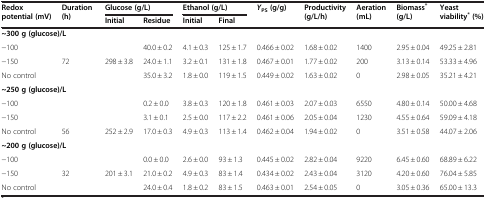
<table><thead><tr><td rowspan="2"><b>Redox potential (mV)</b></td><td rowspan="2"><b>Duration (h)</b></td><td colspan="2"><b>Glucose (g/L)</b></td><td colspan="2"><b>Ethanol (g/L)</b></td><td rowspan="2"><b><i>Y</i><sub>PS </sub>(g/g)</b></td><td rowspan="2"><b>Productivity (g/L/h)</b></td><td rowspan="2"><b>Aeration (mL)</b></td><td rowspan="2"><b>Biomass<sup>*</sup>(g/L)</b></td><td rowspan="2"><b>Yeast viability<sup>*</sup>(%)</b></td></tr><tr><td><b>Initial</b></td><td><b>Residue</b></td><td><b>Initial</b></td><td><b>Final</b></td></tr></thead><tbody><tr><td colspan="2"><b>~300 g (glucose)/L</b></td><td> </td><td> </td><td> </td><td> </td><td> </td><td> </td><td> </td><td> </td><td> </td></tr><tr><td>−100</td><td> </td><td> </td><td>40.0 ± 0.2</td><td>4.1 ± 0.3</td><td>125 ± 1.7</td><td>0.466 ± 0.02</td><td>1.68 ± 0.02</td><td>1400</td><td>2.95 ± 0.04</td><td>49.25 ± 2.81</td></tr><tr><td>−150</td><td>72</td><td>298 ± 3.8</td><td>24.0 ± 1.1</td><td>3.2 ± 0.1</td><td>131 ± 1.8</td><td>0.467 ± 0.01</td><td>1.77 ± 0.02</td><td>200</td><td>3.13 ± 0.14</td><td>53.33 ± 4.96</td></tr><tr><td>No control</td><td> </td><td> </td><td>35.0 ± 3.2</td><td>1.8 ± 0.0</td><td>119 ± 1.5</td><td>0.449 ± 0.02</td><td>1.63 ± 0.02</td><td>0</td><td>2.98 ± 0.05</td><td>35.21 ± 4.21</td></tr><tr><td colspan="2"><b>~250 g (glucose)/L</b></td><td> </td><td> </td><td> </td><td> </td><td> </td><td> </td><td> </td><td> </td><td> </td></tr><tr><td>−100</td><td> </td><td> </td><td>0.2 ± 0.0</td><td>3.8 ± 0.3</td><td>120 ± 1.8</td><td>0.461 ± 0.03</td><td>2.07 ± 0.03</td><td>6550</td><td>4.80 ± 0.14</td><td>50.00 ± 4.68</td></tr><tr><td>−150</td><td> </td><td> </td><td>3.1 ± 0.1</td><td>2.5 ± 0.0</td><td>117 ± 2.2</td><td>0.461 ± 0.06</td><td>2.05 ± 0.04</td><td>1230</td><td>4.55 ± 0.64</td><td>59.09 ± 4.18</td></tr><tr><td>No control</td><td>56</td><td>252 ± 2.9</td><td>17.0 ± 0.3</td><td>4.9 ± 0.3</td><td>113 ± 1.4</td><td>0.462 ± 0.04</td><td>1.94 ± 0.02</td><td>0</td><td>3.51 ± 0.58</td><td>44.07 ± 2.06</td></tr><tr><td colspan="2"><b>~200 g (glucose)/L</b></td><td> </td><td> </td><td> </td><td> </td><td> </td><td> </td><td> </td><td> </td><td> </td></tr><tr><td>−100</td><td> </td><td> </td><td>0.0 ± 0.0</td><td>2.6 ± 0.0</td><td>93 ± 1.3</td><td>0.445 ± 0.02</td><td>2.82 ± 0.04</td><td>9220</td><td>6.45 ± 0.60</td><td>68.89 ± 6.22</td></tr><tr><td>−150</td><td>32</td><td>201 ± 3.1</td><td>21.0 ± 0.2</td><td>4.9 ± 0.3</td><td>83 ± 1.4</td><td>0.434 ± 0.02</td><td>2.43 ± 0.04</td><td>3120</td><td>4.20 ± 0.60</td><td>76.04 ± 5.85</td></tr><tr><td>No control</td><td> </td><td> </td><td>24.0 ± 0.4</td><td>1.8 ± 0.2</td><td>83 ± 1.5</td><td>0.463 ± 0.01</td><td>2.54 ± 0.05</td><td>0</td><td>3.05 ± 0.36</td><td>65.00 ± 13.3</td></tr></tbody></table>